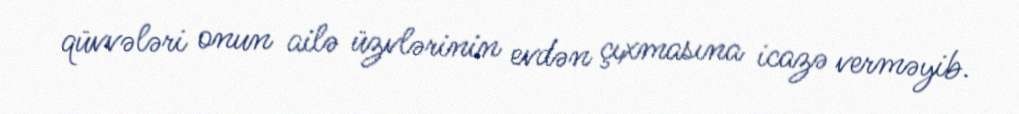
qüvvələri onun ailə üzvlərinin evdən çıxmasına icazə verməyib.